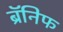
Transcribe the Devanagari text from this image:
ब्रॅनिफ